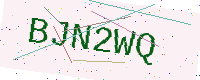
Text: BJN2WQ